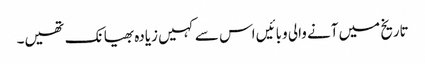
تاریخ میں آنے والی وبائیں اس سے کہیں زیادہ بھیانک تھیں۔